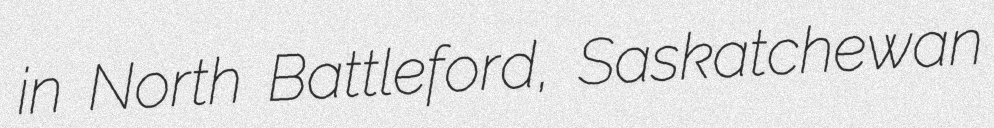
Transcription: in North Battleford, Saskatchewan